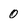
Character: 0